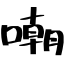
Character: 嘲